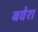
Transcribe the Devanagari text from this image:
बवेश